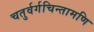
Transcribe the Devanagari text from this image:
चतुर्वर्गचिन्तामणि